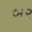
બર